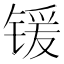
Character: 锾